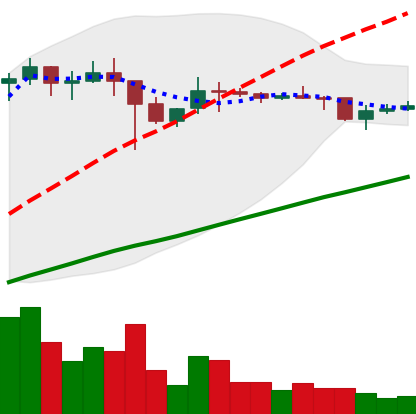
Ticker: DOGE-USD
Chart end date: 2021-01-24
Forward return: 440.415%
Label: up_7plus